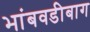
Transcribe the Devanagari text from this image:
भांबवडीबाग